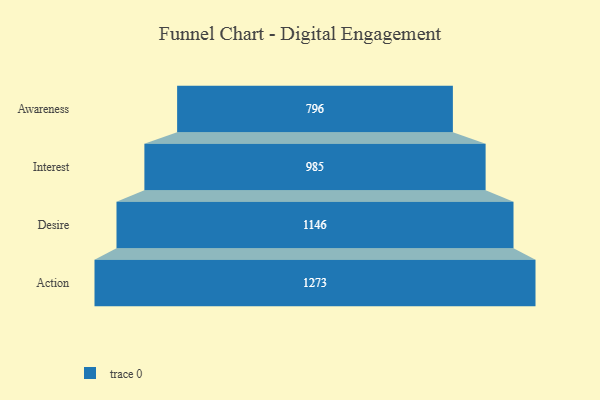
{"axis": {"x": "Stage", "y": "Value"}, "legend": [""], "data": [{"x": "Awareness", "y": 796.0, "type": ""}, {"x": "Interest", "y": 985.0, "type": ""}, {"x": "Desire", "y": 1146.0, "type": ""}, {"x": "Action", "y": 1273.0, "type": ""}]}